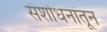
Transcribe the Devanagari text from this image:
संशोधनांतून